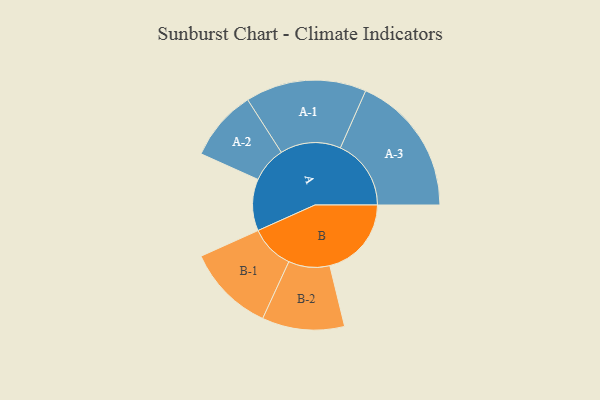
{"axis": {"x": "Segment", "y": "Value"}, "legend": ["", "A", "B"], "data": [{"x": "A", "y": 147, "type": ""}, {"x": "B", "y": 232, "type": ""}, {"x": "A-1", "y": 172, "type": "A"}, {"x": "A-2", "y": 101, "type": "A"}, {"x": "A-3", "y": 201, "type": "A"}, {"x": "B-1", "y": 125, "type": "B"}, {"x": "B-2", "y": 117, "type": "B"}]}